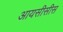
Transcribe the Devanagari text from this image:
आयसीसीस